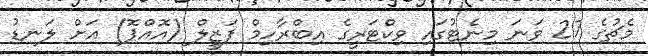
މެޗުގެ 27 ވަނަ މިނެޓުގައި ވިކްޓަރީގެ އިބްރާހިމް ފަޒީލް (އޮއްޕޮ) އަށް ލަނޑު